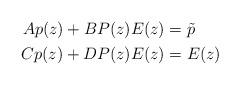
LaTeX: \begin{align*}\begin{aligned}A p(z) + B P(z) E(z) &= \tilde{p} \\C p(z) + D P(z) E(z) &= E(z)\end{aligned}\end{align*}